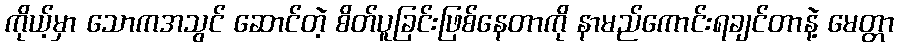
ကိုယ့်မှာ သောကအသွင် ဆောင်တဲ့ စိတ်ပူခြင်းဖြစ်နေတာကို နာမည်ကောင်းရချင်တာနဲ့ မေတ္တာ